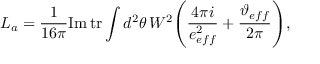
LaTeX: L _ { a } = \frac { 1 } { 1 6 \pi } \mathrm { I m } \, \mathrm { t r } \int d ^ { 2 } \theta \, W ^ { 2 } \Bigg ( \frac { 4 \pi i } { e _ { e f f } ^ { 2 } } + \frac { \vartheta _ { e f f } } { 2 \pi } \Bigg ) ,